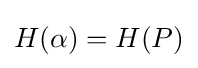
H(\alpha )=H(P)